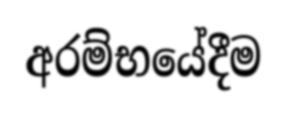
අරම්භයේදීම